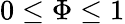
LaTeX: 0\leq\Phi\leq 1